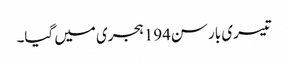
تیسری بار سن194ہجری میں گیا۔